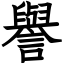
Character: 譽